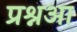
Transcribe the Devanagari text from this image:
प्रश्नआ